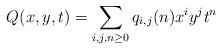
LaTeX: \begin{align*} Q(x,y,t)= \sum_{i,j,n \geq 0} q_{i,j}(n) x^iy^jt^n \end{align*}